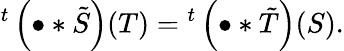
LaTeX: {}^{t}\left(\bullet\ast{\tilde{S}}\right)(T)={}^{t}\left(\bullet\ast{\tilde{T}}\right)(S).